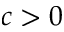
c > 0